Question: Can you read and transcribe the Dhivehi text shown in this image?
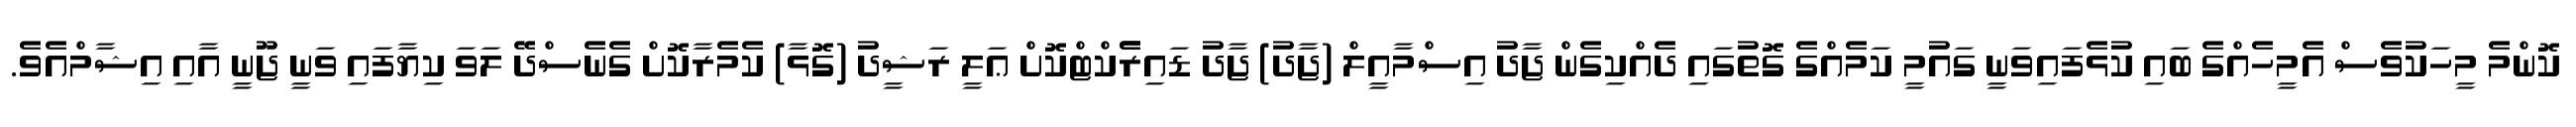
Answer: ކޮންމެ މީހަކުވެސް އެމީހެއްގެ ބައި ކުޅެފައިވަނީ ގައުމީ ކަމެއްގެ ގޮތުގައި ދެއްކިގެން ޖާދު އިސްމާއީލް (ޖާދު) ޖާދު ޑައިރެެކްޓްކޮށް ޢަލީ ރަޝީދު (ގޮޅާ) ކެމެރާކޮށް ގެނެސްދޭ ލަވަ ކިޔާފައި ވަނީ ޖޫނީ އާއި އިޝާމްއެވެ.